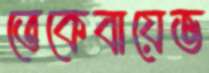
তেকেবায়েভ